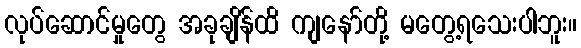
လုပ်ဆောင်မှုတွေ အခုချိန်ထိ ကျနော်တို့ မတွေ့ရသေးပါဘူး။